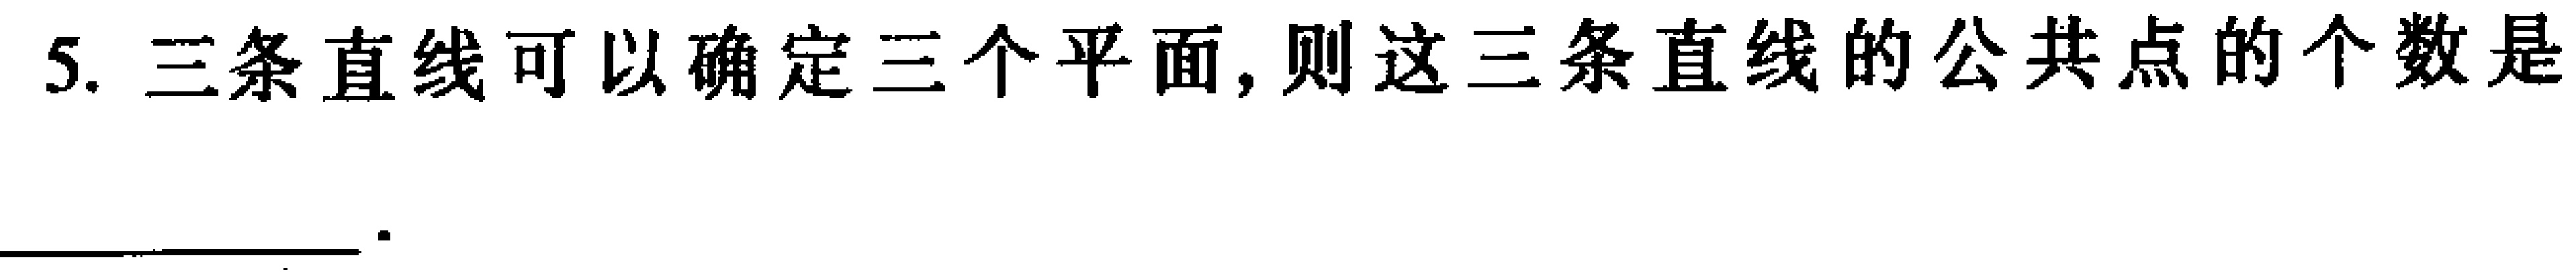
5. 三条直线可以确定三个平面, 则这三条直线的公共点的个数是____.